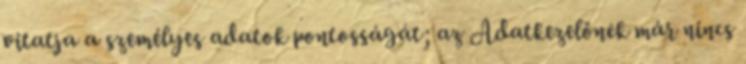
vitatja a személyes adatok pontosságát; az Adatkezelőnek már nincs